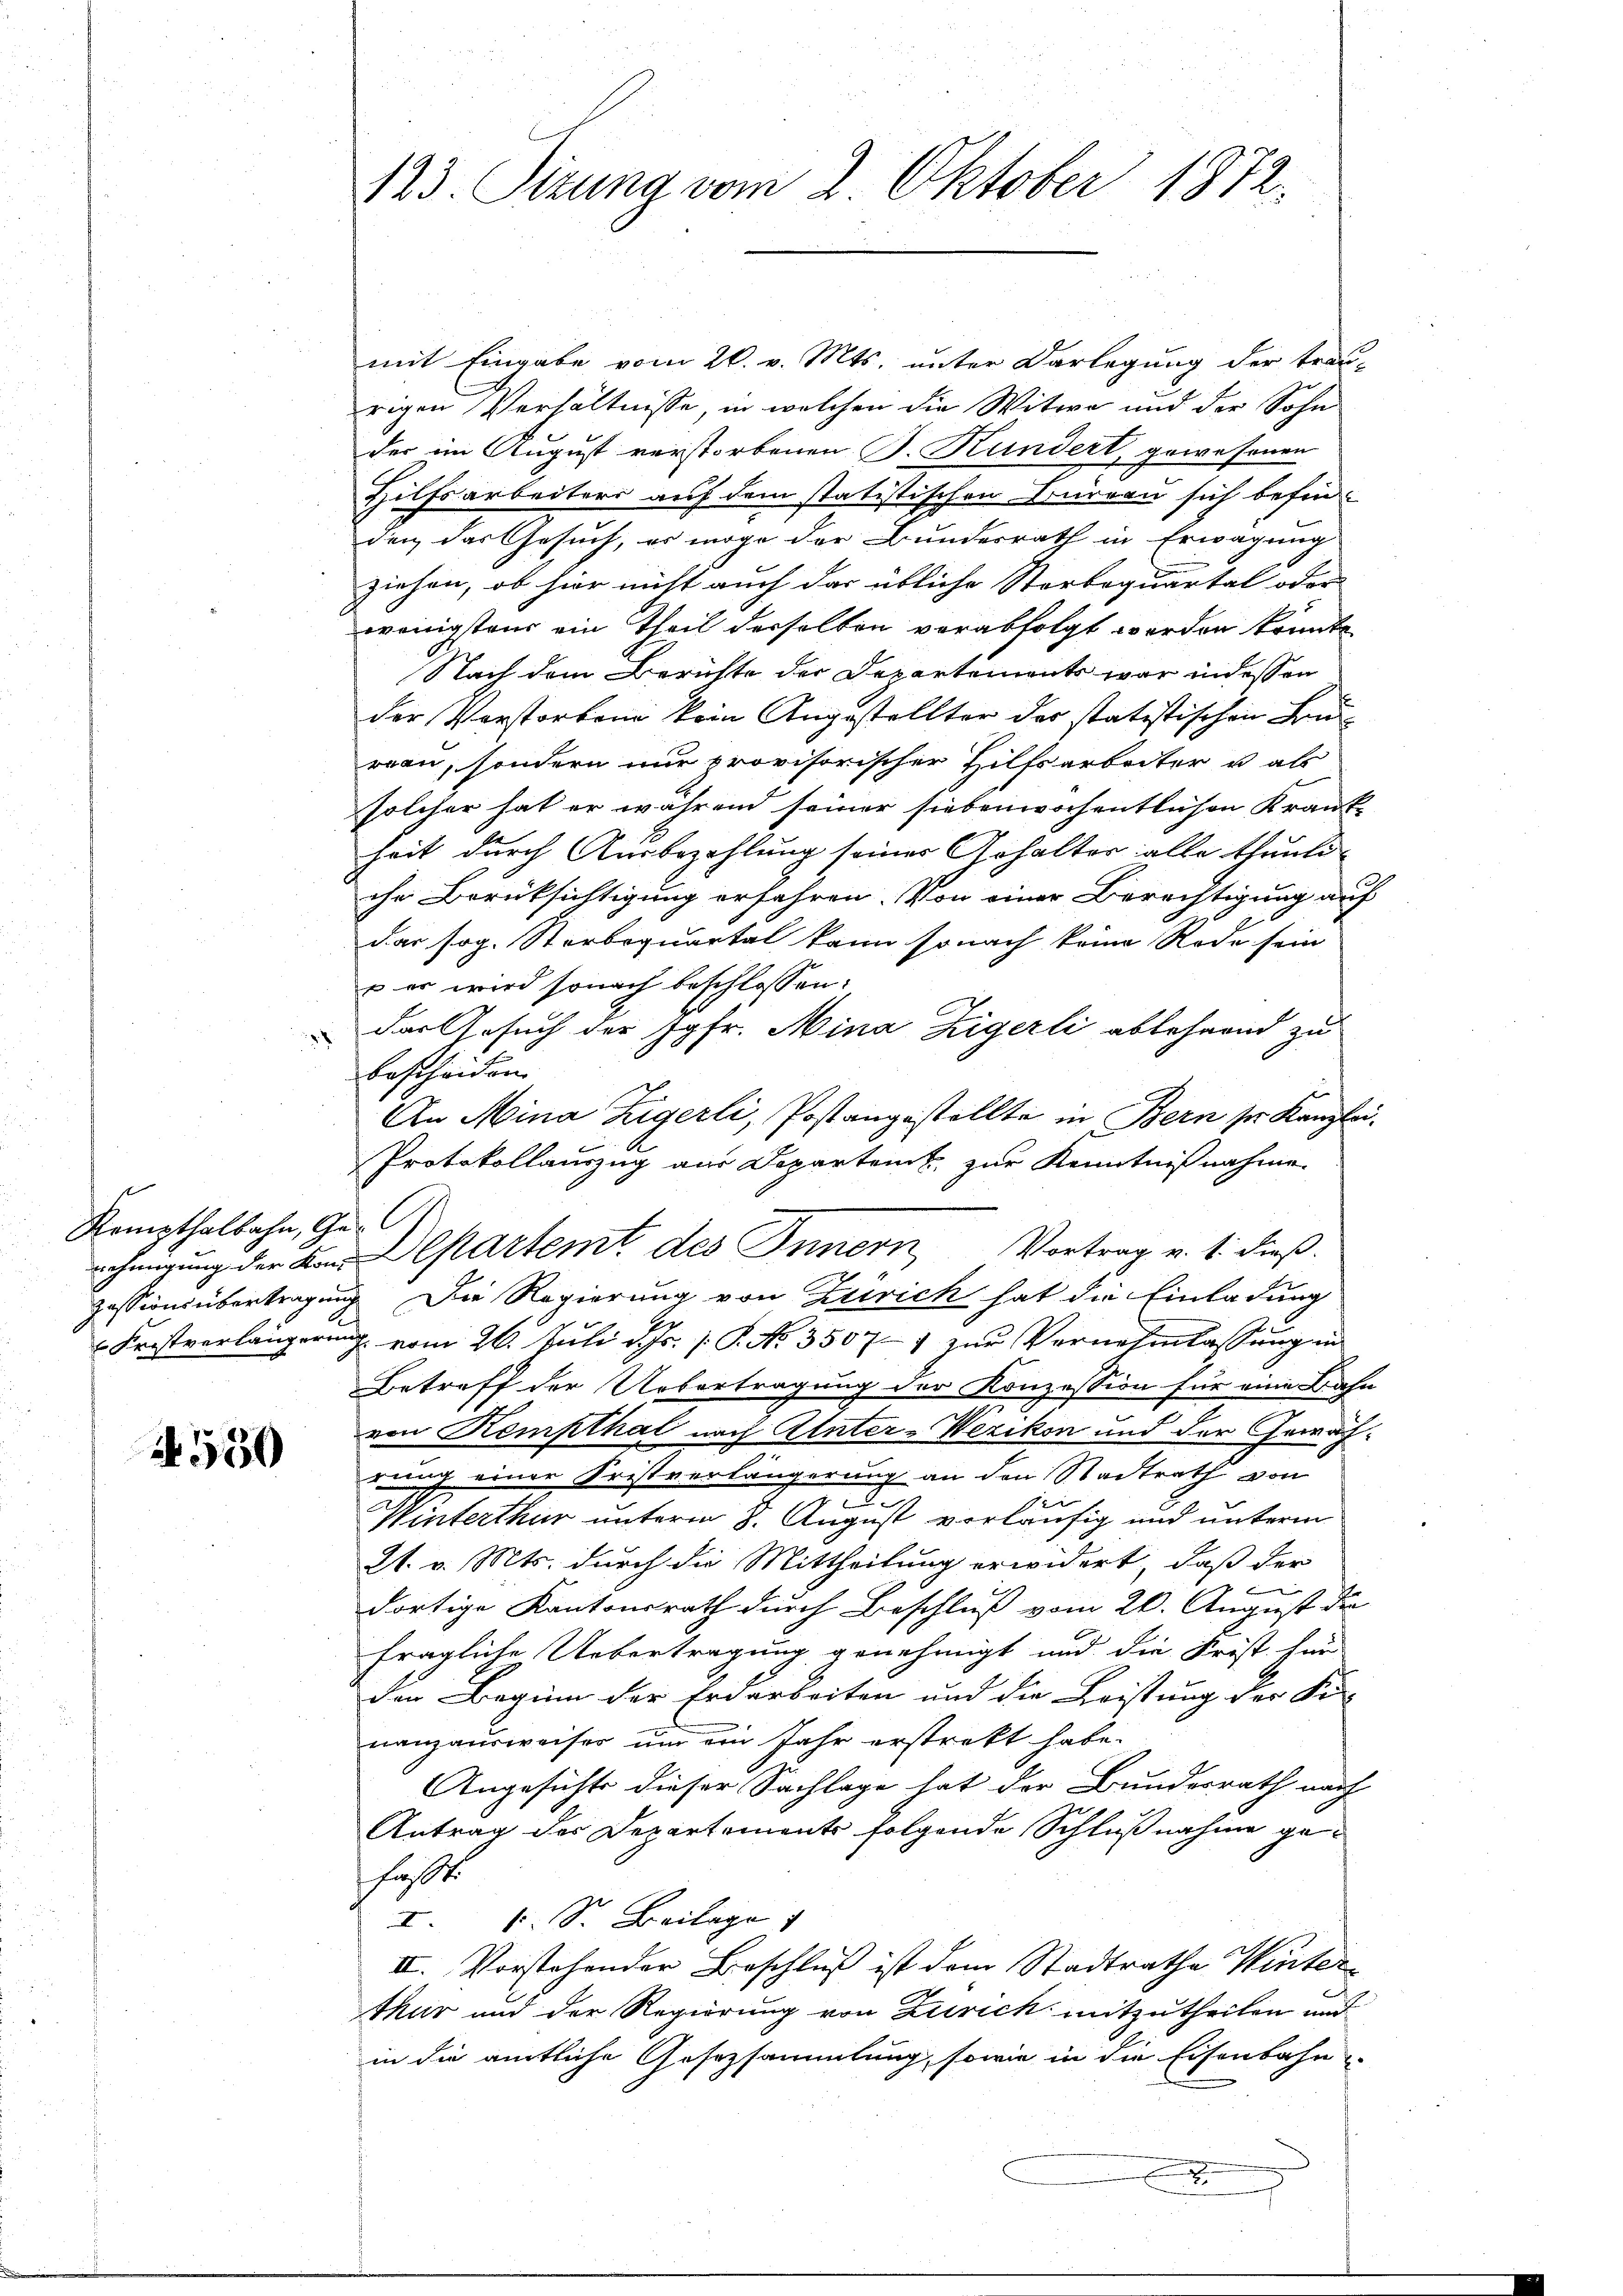
Kempthalbahn, Ge-

550

mit Eingabe vom 26. v. Mts. unter Darlegung der trau-
rigen Verhältnisse, in welchen die Witwe und der Sohn
der im August verstorbenen B. Kundert, gewesenen
Hilfsarbeiters auf dem statistischen Büreau sich befinden das Gesuch, es möge der Bundesrath in Erwägung
ziehen, ob hier nicht auch das übliche Storboquartal oder
wenigstens ein Theil derselben verabfolgt werden könnte.
Nach dem Berichte der Departements war in dessen
der Verstorben kein Angestellter des statistischen Brurau, sondern nur provisorischer Hilfsarbeiter u als
solcher hat er während seiner siebenwochentlichen Krankheit durch Ausbezahlung seiner Gehalter alle thunli
che Berüksichtigung erfahren. Von einer Berechtigung auf
dar sog. Sterboquartal kann so nach keine Rode sein
 er wird sonach beschlossen:
das Gesuch der Jgfr. Mina Zigerli ablehrend zu
bescheiden
An Mina Zigerli, Postangestellte in Bern sr Kanzlei-
Protokollauszug aus Departent zur Kenntnißnahme.
nehmigung der Kan Departemt des Innern, Vortrag u. s. dieß.
Zessionsübertragung. Die Regierung von Zürich hat die Einladung
Fristverlängerung vom 26. Juli d. Js. /: P. No. 35077 zur Vernehmlassung in
Betreff der Uebertragung der Konzession für eine Bahn
von Kempthal nach Unter-Wezikon und der Gewächrung einer Fristverlängerung an den Stadtrath von
der
Winterthur unterm 8. August vorläufig und unterm
21. v. Mts. durch die Mittheilung erwidert, daß der
e
dortige Kantonsrath durch Beschluß vom 26. August der
fragliche Uebertragung genehmigt und die Frist hier
den Beginn der Erdarbeiten und die Leistung der Si-
nanzausweises um ein Jahr erstrekt habe.
Angesichts dieser Sachlage hat der Bundesrath nach
Antrag der Departements folgende Schlußnahme gefehlt.
I. 6. S. Beilage
II. Vorstehender Beschluß ist dem Stadtrathe Winter
thur und der Regierung von Zürich mitzutheilen und
in die amtliche Gesezsammlung, sowie in die Eisenbahn
.

123. Sitzung vom 2. Oktober 1872.